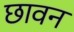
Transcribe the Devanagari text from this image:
छावन